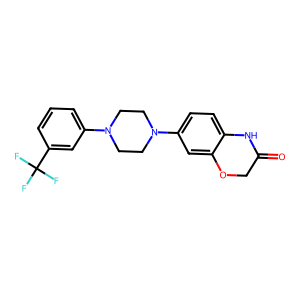
SMILES: O=C1COc2cc(N3CCN(c4cccc(C(F)(F)F)c4)CC3)ccc2N1
Inhibits HIV replication: No